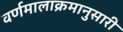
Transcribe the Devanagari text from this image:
वर्णमालाक्रमानुसारी